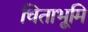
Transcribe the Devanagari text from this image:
चिताभूमि